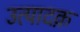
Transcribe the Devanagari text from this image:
उत्पादक़